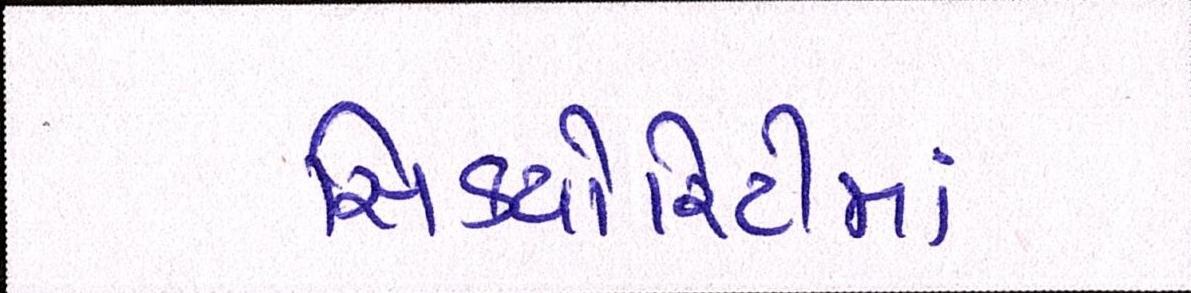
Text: સિક્યોરિટીમાં